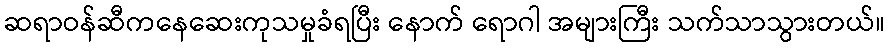
ဆရာဝန်ဆီကနေဆေးကုသမှုခံရပြီး နောက် ရောဂါ အများကြီး သက်သာသွားတယ်။